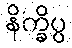
နိက္ခိပ္ပ